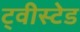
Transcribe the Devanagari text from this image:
ट्वीस्टेड